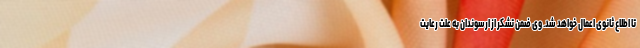
تا اطلاع ثانوی اعمال خواهد شد. وی ضمن تشکر از ارسوندان به علت رعایت